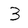
Character: 3